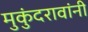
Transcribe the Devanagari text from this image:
मुकुंदरावांनी